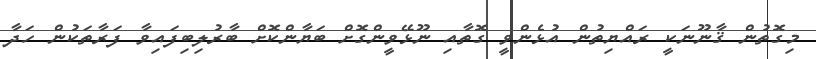
މިގޮތުން ޤާނޫނަކީ ރައްޔިތުން އުޅެންވީ ގޮތާއި ނޫޅޭވީންގޮށް ބަޔާންކޮށް ބާރުލިބިފައިވާ ފަރާތަކުން ހަދާ